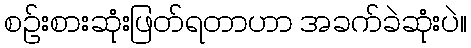
စဉ်းစားဆုံးဖြတ်ရတာဟာ အခက်ခဲဆုံးပဲ။